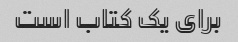
برای یک کتاب است